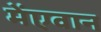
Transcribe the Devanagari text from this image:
मेंएवान